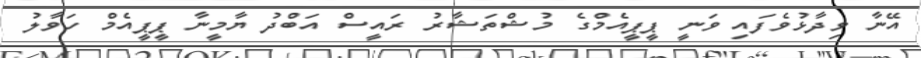
އޭނާ ވިދާޅުވެފައި ވަނީ ޕީޕީއެމްގެ މުޝްތަޝާރު ރައީސް އަބްދު ޔާމީނާ ޕީޕީއެމް ހަވާލު